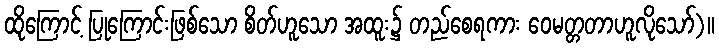
ထိုကြောင့် ပြုကြောင်းဖြစ်သော စိတ်ဟူသော အထူး၌ တည်စေရကား ဝေမတ္တတာဟူလိုသော်)။